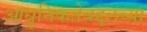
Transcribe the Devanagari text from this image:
आधुनिकतेबद्दलच्या